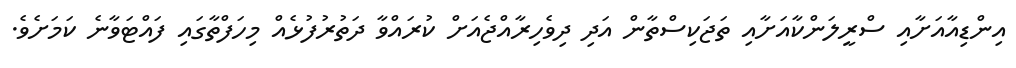
އިންޑިއާއަށާއި ސްރީލަންކާއަށާއި ތަޖަކިސްތާން އަދި ދިވެހިރާއްޖެއަށް ކުރައްވާ ދަތުރުފުޅެއް މިހަފްތާގައި ފައްޓަވާނެ ކަމަށެވެ.